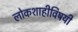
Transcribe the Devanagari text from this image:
लोकशाहीविषयी